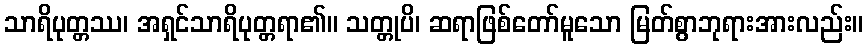
သာရိပုတ္တဿ၊ အရှင်သာရိပုတ္တရာ၏။ သတ္တုပိ၊ ဆရာဖြစ်တော်မူသော မြတ်စွာဘုရားအားလည်း။